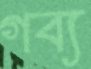
গব্য